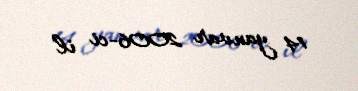
14 yanvar 2006-ci il